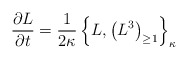
\begin{align*}{\partial L\over \partial t} = {1\over 2\kappa} \left\{L,\left(L^{3}\right)_{\geq 1}\right\}_{\kappa}\end{align*}